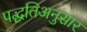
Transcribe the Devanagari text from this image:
पद्धतिअनुसार